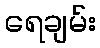
ရေချမ်း